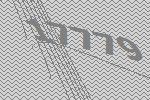
17779